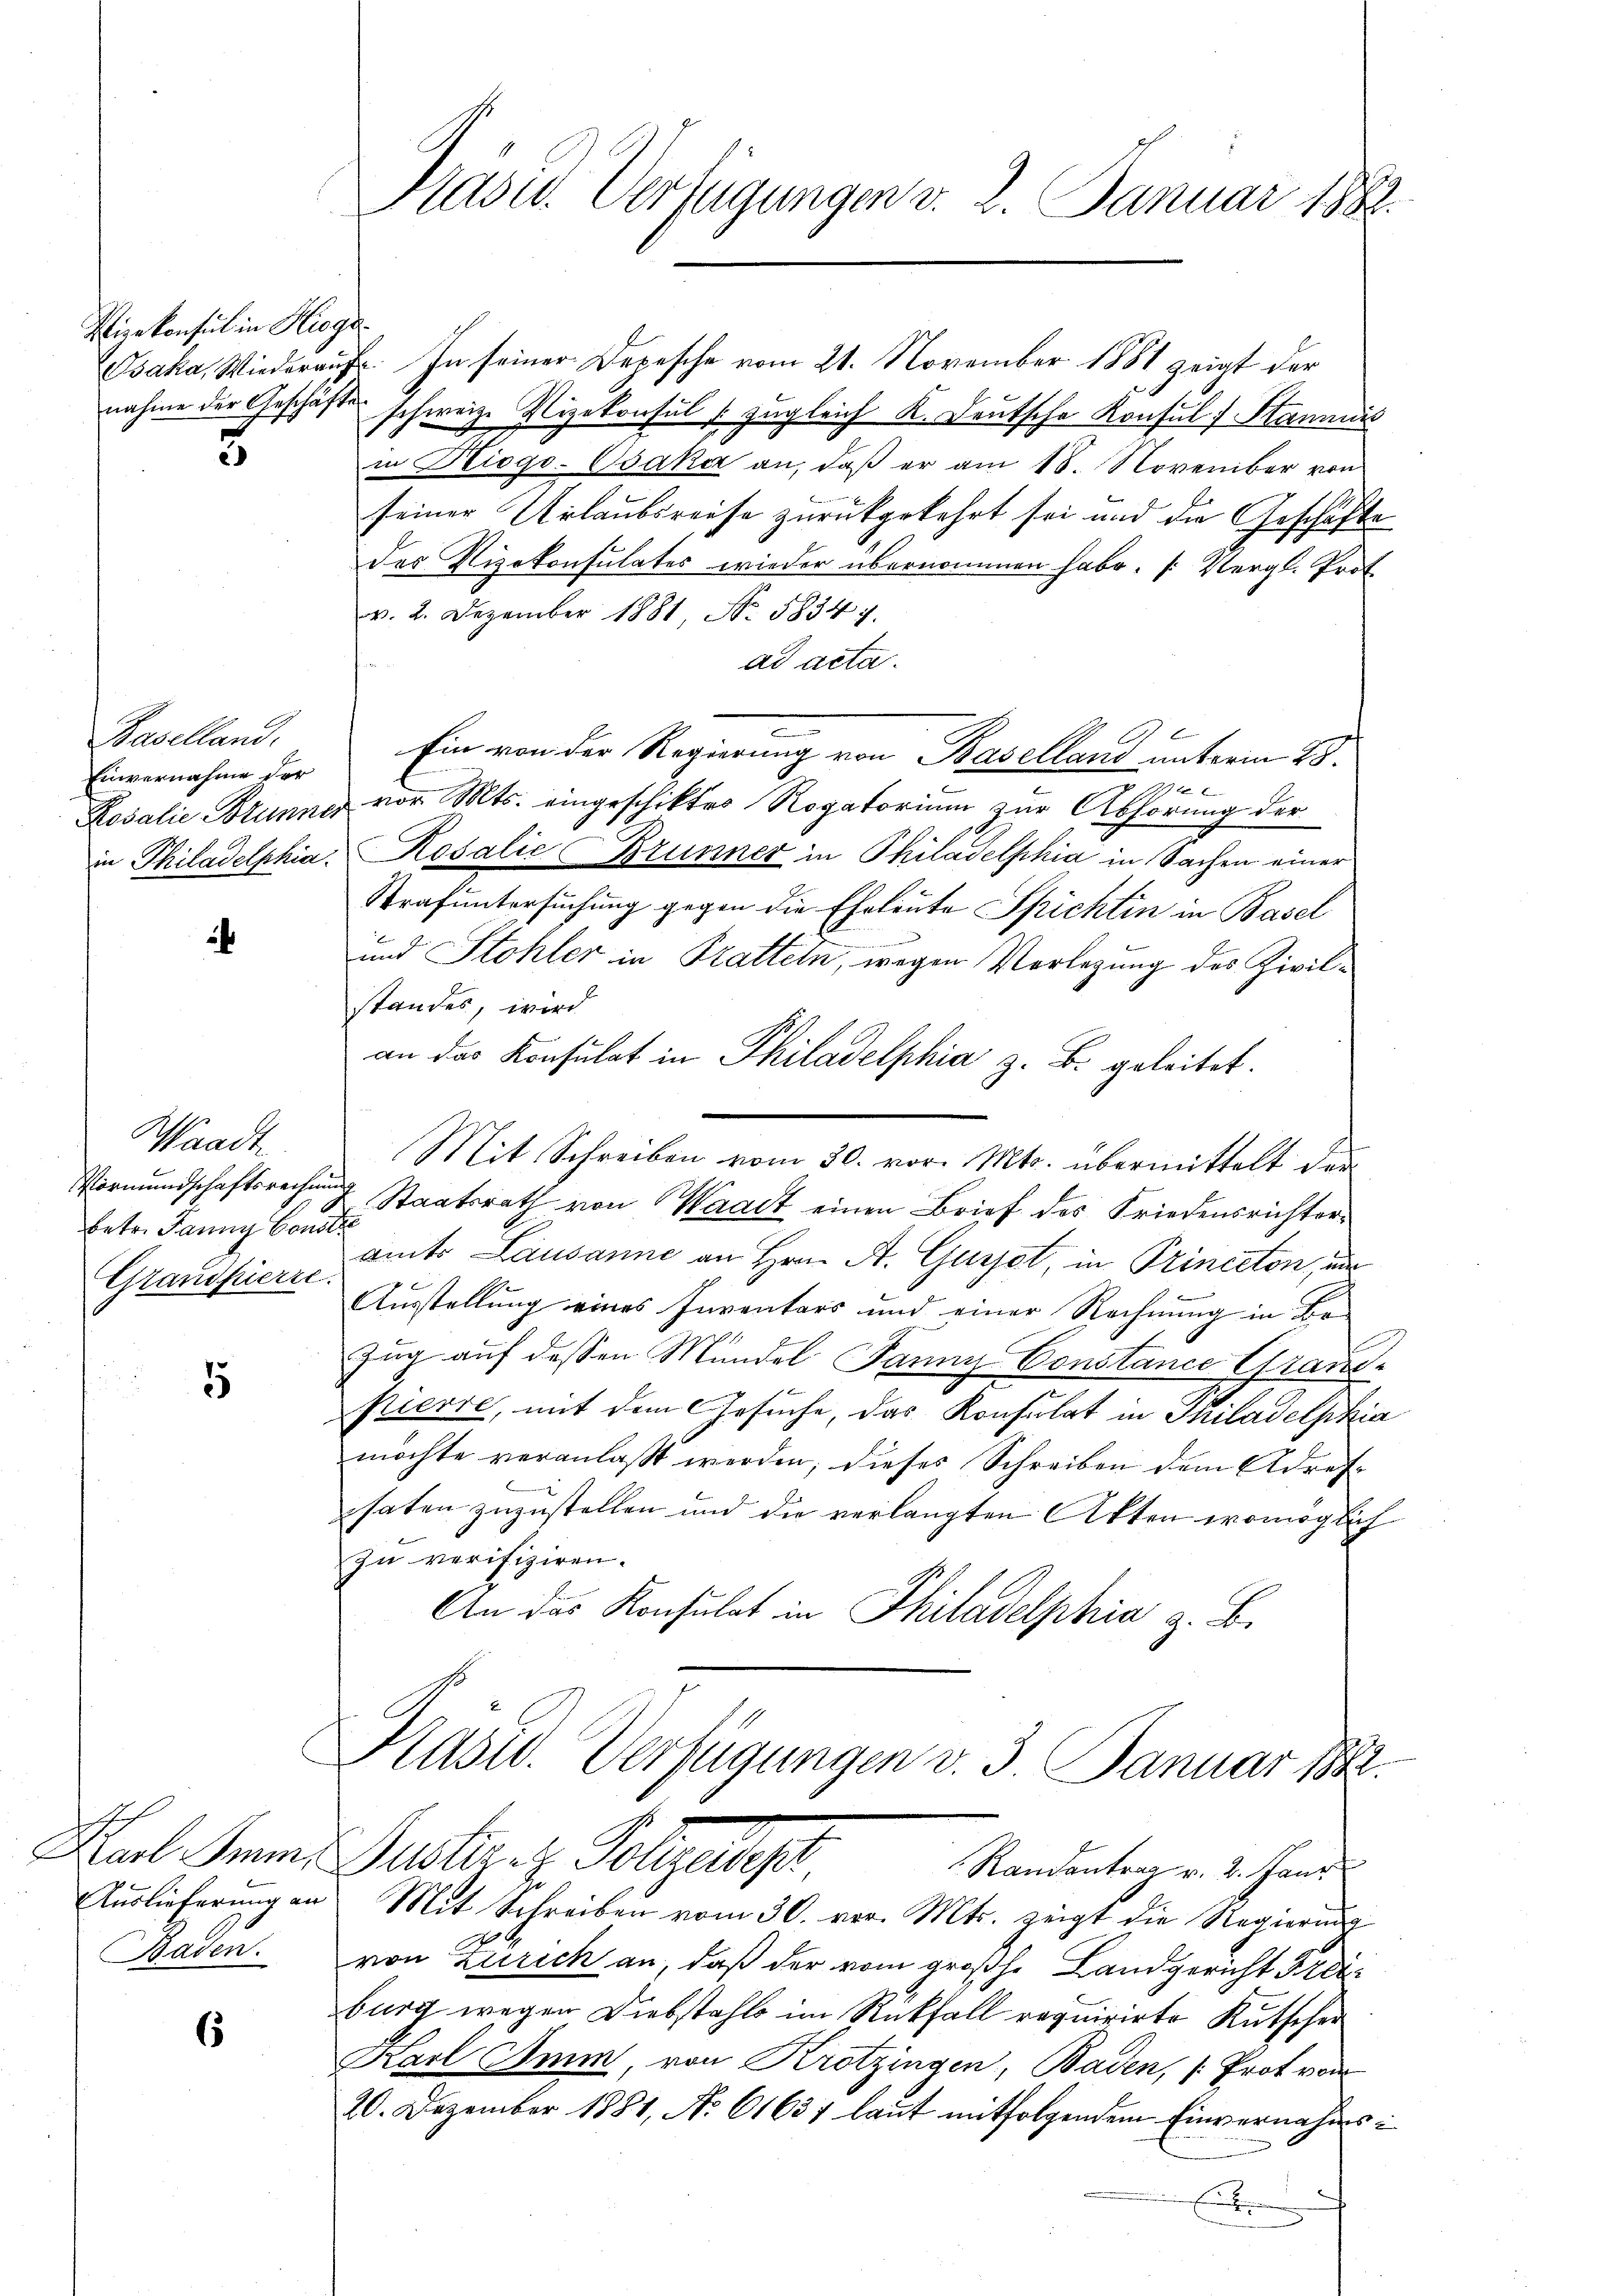
Vizekonsul in Hiege

3

Baselland.
Einvernahme der

4

Waadt
betr. Janny Conste
Grandpierre.

5

Auslieferung an
Baden.

s

Pasu. Verfügungen v. 2. Januar 1889.

Baka, Wiederauf. In seiner Depesche vom 21. November 1881 zeigt der
nahme der Geschäfte schweiz. Vizekonsul (zugleich K. Deutsche Konsul Stammis
in Diogo-Osaka an, daß er am 18. November von
seiner Urlaubsreise zurückgekehrt sei und die Geschäfte
des Vizekonsulates wieder übernommen habe. (Vergl. Prof.
v. 2. Dezember 1881 No. 58347.
ad acta.
Ein von der Regierung von Baselland unterm 28.
 ma
Losalie Brunner vor. Mts. eingeschiktes Rogatorium zur Abhörung der
in Philadelphia Rosalie Brunner in Philadelphia in Sachen einer
Strafuntersuchung gegen die Eheleute Spichtin in Basel
und Stohler in Pratteln, wegen Vorlegung des Zivilstandes, wird
an das Konsulat in Philadelphia z. B. geleitet.
Mit Schreiben vom 30. vor. Mts. übermittelt der
Vormundschaftsrechnung Staatsrath von Waadt einen Brief des Friedensrichteramt Lausanne an Hrn. A. Gunst, in Princeton, und
Ausstellung eines Inventars und einer Rechnung in Br
Zug auf dessen Mündel Janny-Constance Grand-
pierre, mit dem Gesuche, das Konsulat in Philadelphia
möchte veranlaßt werden; dieses Schreiben dem Adres-
haten zuzustellen und die verlangten Akten womöglich
zu verifiziren.
An das Konsulat in Philadelphia z. B.
Kasid. Verfügungen v. 3. Januar 1882.
Karl Freier Justire Polizeipr
Randantrag v. 2. Janu
Mit Schreiben vom 30. vor. Mts. zeigt die Regierung
von Zürich an, daß der vom großhe Landgericht Freiburg wegen Diebstahls im Rückfall requirirte Kutscher
Karl Imm, von Krotzingen, Baden, (Prot von
20. Dezember 1881, No 61637 laut mitfolgendem Einvernahms¬
E